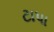
ટાપા